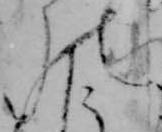
の